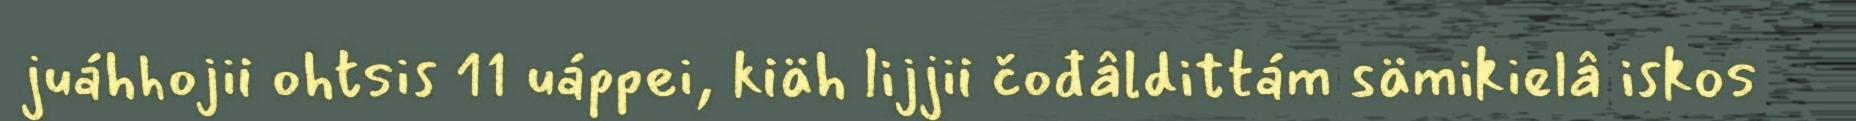
juáhhojii ohtsis 11 uáppei, kiäh lijjii čođâldittám sämikielâ iskos